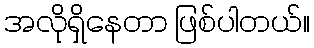
အလိုရှိနေတာ ဖြစ်ပါတယ်။